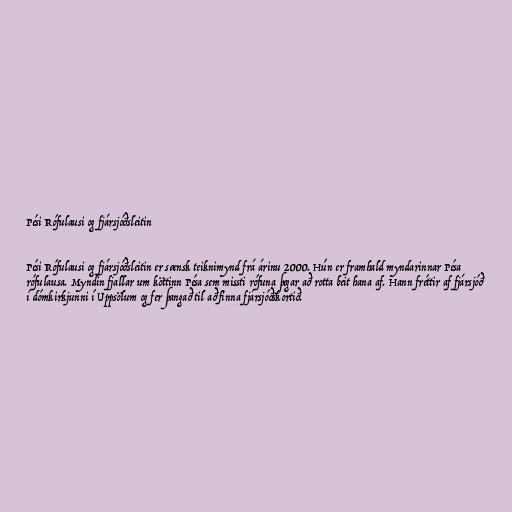
Pési Rófulausi og fjársjóðsleitin

Pési Rófulausi og fjársjóðsleitin er sænsk teiknimynd frá árinu 2000. Hún er framhald myndarinnar Pésa
rófulausa. Myndin fjallar um köttinn Pésa sem missti rófuna þegar að rotta beit hana af. Hann fréttir af fjársjóð
í dómkirkjunni í Uppsölum og fer þangað til að finna fjársjóðskortið.